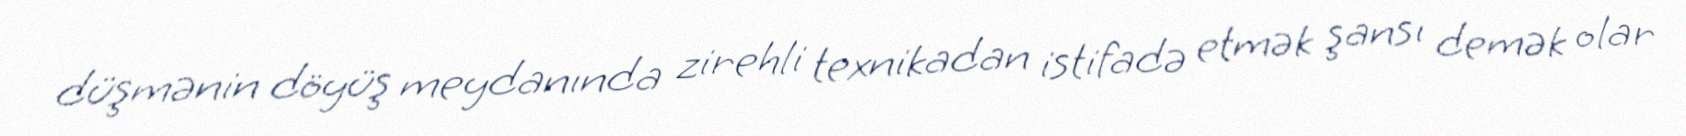
düşmənin döyüş meydanında zirehli texnikadan istifadə etmək şansı demək olar